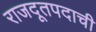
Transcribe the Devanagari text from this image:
राजदूतपदाची